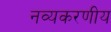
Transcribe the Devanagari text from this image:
नव्यकरणीय